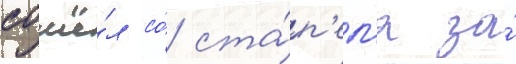
сошё́л со́ ста́п'ел'я за́